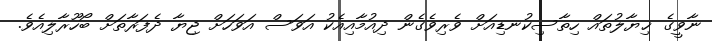
ނާވީގެ ޚިޔާލުތައް ހިތާސިކުނޑިއަށް ވެރިވެގެން ދިއުމާއިއެކު އަވަސް އަވަހަށް ޖިޔާ ދެފަރާތަށް ބޯހޫރާލިއެވެ.